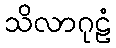
သိလာဂုဠံ